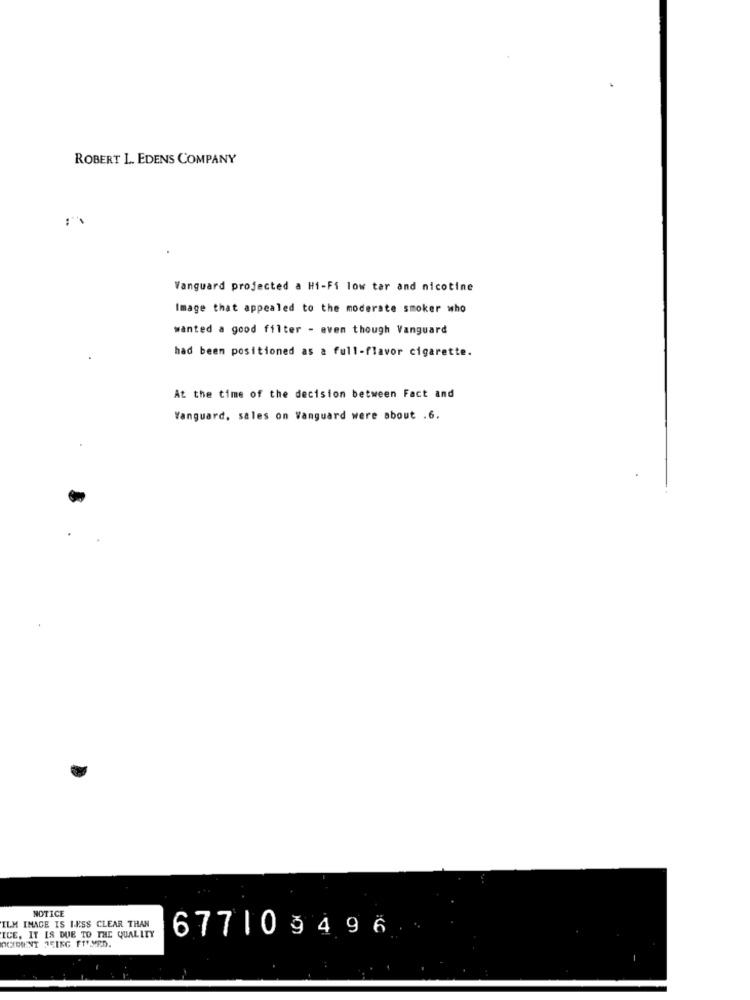
ROBERT L. EDENS COMPANY
Vanguard projected a Hi-Fi low tar and nicotine
Image that appealed to the moderate smoker who
wanted a good filter - even though Vanguard
had been positioned as a full-flavor cigarette.
At the time of the decision between Fact and
Vanguard, sales on Vanguard were about .6.
NOTICE
ILM IMAGE IS LESS CLEAR THAN
ICE, IT IS DUE TO THE QUALITY
OCIMIENT JEING FTYMED.
677109496